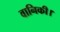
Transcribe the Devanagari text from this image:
वानिकी।